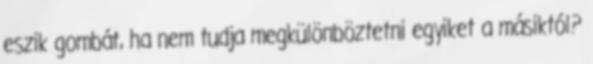
eszik gombát, ha nem tudja megkülönböztetni egyiket a másiktól?